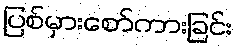
ပြစ်မှားစော်ကားခြင်း